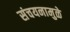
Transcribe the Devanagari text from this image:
संचयनामुळे